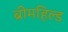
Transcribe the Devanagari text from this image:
ब्रीमहिल्ड